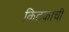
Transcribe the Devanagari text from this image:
किटकांची